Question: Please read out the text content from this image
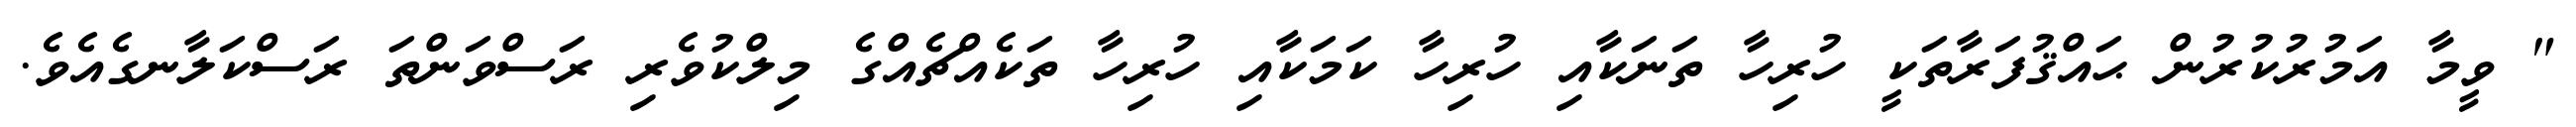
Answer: " ވީމާ އަމުރުކުރުން ޙައްޤުފަރާތަކީ ހުރިހާ ތަނަކާއި ހުރިހާ ކަމަކާއި ހުރިހާ ތަކެއްޗެއްގެ މިލްކުވެރި ރަސްވަންތަ ރަސްކަލާނގެއެވެ.